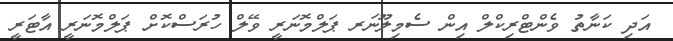
އަދި ކަނާތު ވެންޓްރިކްލް އިން ސެމިލޫނަރ ޕަލްމޮނަރީ ވޭލް ހުރަސްކޮށް ޕަލްމޮނަރީ އާޓަރީ